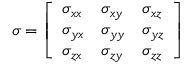
\sigma = \left[ \begin{array} { l l l } { \sigma _ { x x } } & { \sigma _ { x y } } & { \sigma _ { x z } } \\ { \sigma _ { y x } } & { \sigma _ { y y } } & { \sigma _ { y z } } \\ { \sigma _ { z x } } & { \sigma _ { z y } } & { \sigma _ { z z } } \end{array} \right]